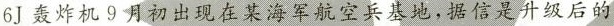
6J轰炸机9月初出现在某海军航空兵基地，据信是升级后的